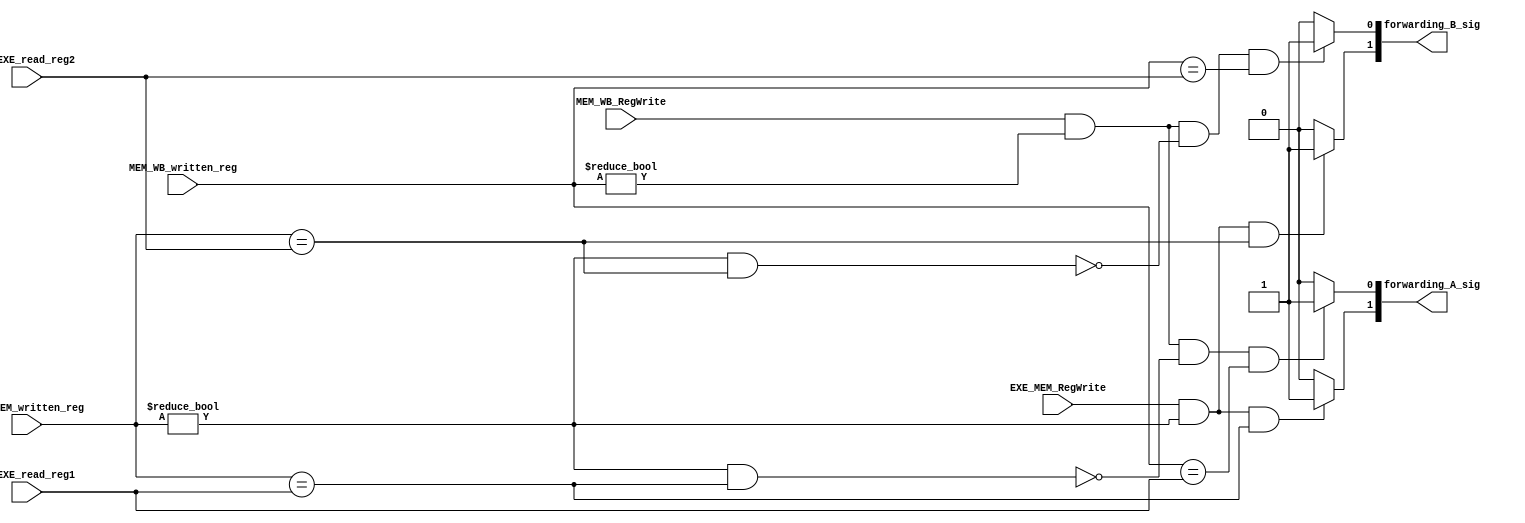
`timescale 1ps / 1ps
//////////////////////////////////////////////////////////////////////////////////
// Company: 
// Engineer: 
// 
// Design Name: 
// Module Name: Forward_Unit
// Project Name: 
// Target Devices: 
// Tool Versions: 
// Description: Forwarding unit to perform data forwarding
// 
// Dependencies: 
// 
// Revision:
// Revision 0.01 - File Created
// Additional Comments:
// 
//////////////////////////////////////////////////////////////////////////////////

module Forward_Unit(
    /*
    Check whether the Destination registers written by current instruction 
    match the Source registers read by next instructions:
        ID/EX.WriteRegister (Rd) = IF/ID.ReadRegister1 (Rs)
        ID/EX.WriteRegister (Rd) = IF/ID.ReadRegister2 (Rt)
        EX/MEM.WriteRegister = IF/ID.ReadRegister1 
        EX/MEM.WriteRegister = IF/ID.ReadRegister2
        MEM/WB.WriteRegister = IF/ID.ReadRegister1
        MEM/WB.WriteRegister = IF/ID.ReadRegister2

    EX hazard
      // Rd = Rs
       if (EX/MEM.RegWrite and (EX/MEM.RegisterRd != 0)
        and (EX/MEM.RegisterRd = ID/EX.RegisterRs))
            Forward EX/MEM.RegisterRd to ID/EX.RegisterRs

      // Rd = Rt
       if (EX/MEM.RegWrite and (EX/MEM.RegisterRd != 0)
        and (EX/MEM.RegisterRd = ID/EX.RegisterRt))
            Forward EX/MEM.RegisterRd to ID/EX.RegisterRt
    
    MEM hazard
      // Rd = Rs
       if (MEM/WB.RegWrite and (MEM/WB.RegisterRd != 0)
        and not (EX/MEM.RegWrite and (EX/MEM.RegisterRd != 0) and (EX/MEM.RegisterRd = ID/EX.RegisterRs))   // not EX hazard
        and (MEM/WB.RegisterRd = ID/EX.RegisterRs))
            Forward MEM/WB.RegisterRd to ID/EX.RegisterRs 

      // Rd = Rt
       if (MEM/WB.RegWrite and (MEM/WB.RegisterRd != 0)
        and not (EX/MEM.RegWrite and (EX/MEM.RegisterRd != 0) and (EX/MEM.RegisterRd = ID/EX.RegisterRt))   // not EX hazard
        and (MEM/WB.RegisterRd = ID/EX.RegisterRt))
            Forward MEM/WB.RegisterRd to ID/EX.RegisterRt
    
    Note: The "// not EX hazard" line is added to prevent the MEM hazard from
    forwarding an outdated value from the MEM/WB pipeline register when there
    is an EX hazard. This is because the EX stage is executed before the MEM,
    and a newer instruction may have written to the register in the EX stage.

    REFERENCE:
    "ELEC5140
    Advanced Computer Architecture
    Prof. Wei Zhang, ECE, HKUST
    GENERAL INTRODUCTION"

    */
        // Input:
        input [4:0] ID_EXE_read_reg1,       // ID/EXE.ReadRegister1
        input [4:0] ID_EXE_read_reg2,       // ID/EXE.ReadRegister2

        input EXE_MEM_RegWrite,             // EXE/MEM.RegWrite
        input [4:0] EXE_MEM_written_reg,    // EXE/MEM.WriteRegister

        input MEM_WB_RegWrite,              // MEM/WB.RegWrite
        input [4:0] MEM_WB_written_reg,     // MEM/WB.WriteRegister

        // Output:
        output reg [1:0] forwarding_A_sig,  // forwarding signal for ALU input A (forwarding_A_sig = EXE_forwarding_A | MEM_forwarding_A)
        output reg [1:0] forwarding_B_sig  // forwarding signal for ALU input B (forwarding_B_sig = EXE_forwarding_B | MEM_forwarding_B)
    );

    always @(*) begin
        // Initialize the forwarding signals
        forwarding_A_sig = 2'b00;
        forwarding_B_sig = 2'b00;

        // EX hazard
        // Rd = Rs
        if ((EXE_MEM_RegWrite && EXE_MEM_written_reg != 0) 
        && (EXE_MEM_written_reg == ID_EXE_read_reg1)) begin
            // Note: 1'b1 means a binary value of 1 (the 1 on the right of the b)
            // with a width of 1 bit (the 1 on the left of the b)
            forwarding_A_sig[1] = 1'b1;   // Signal 1 to forward
        end
        else begin
            forwarding_A_sig[1] = 1'b0;   // Signal 0 to not forward
        end

        // Rd = Rt
        if ((EXE_MEM_RegWrite && EXE_MEM_written_reg != 0) 
        && (EXE_MEM_written_reg == ID_EXE_read_reg2)) begin
            forwarding_B_sig[1] = 1'b1;   // Signal 1 to forward
        end
        else begin
            forwarding_B_sig[1] = 1'b0;   // Signal 0 to not forward
        end

        // MEM hazard (only if there is no EX hazard)
        // Rd = Rs
        if ((MEM_WB_RegWrite && MEM_WB_written_reg != 0) 
        && (!(EXE_MEM_written_reg != 0 && (EXE_MEM_written_reg == ID_EXE_read_reg1)))   // not EX hazard
        && (MEM_WB_written_reg == ID_EXE_read_reg1)) begin
            forwarding_A_sig[0] = 1'b1;   // Signal 1 to forward
        end
        else begin
            forwarding_A_sig[0] = 1'b0;   // Signal 0 to not forward
        end

        // Rd = Rt
        if ((MEM_WB_RegWrite && MEM_WB_written_reg != 0) 
        && (!(EXE_MEM_written_reg != 0 && (EXE_MEM_written_reg == ID_EXE_read_reg2)))   // not EX hazard
        && (MEM_WB_written_reg == ID_EXE_read_reg2)) begin
            forwarding_B_sig[0] = 1'b1;   // Signal 1 to forward
        end
        else begin
            forwarding_B_sig[0] = 1'b0;   // Signal 0 to not forward
        end

    end
endmodule